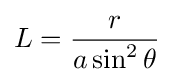
L={\frac {r}{a\sin ^{2}\theta }}